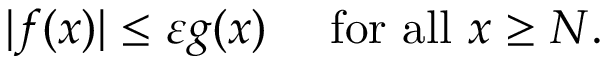
| f ( x ) | \leq \varepsilon g ( x ) \quad { \mathrm { ~ f o r ~ a l l ~ } } x \geq N .